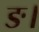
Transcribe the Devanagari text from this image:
ङ।